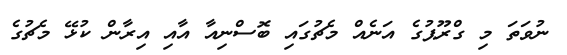
ނުވަތަ މި ގްރޫޕުގެ އަނެއް މެޗުގައި ބޮސްނިއާ އާއި އިރާން ކުޅޭ މެޗުގެ